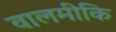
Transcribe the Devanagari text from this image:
वालमीकि